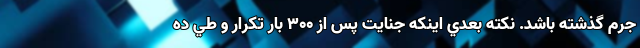
جرم گذشته باشد. نكته بعدي اينكه جنايت پس از ۳۰۰ بار تكرار و طي ده